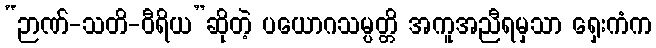
“ဉာဏ်-သတိ-ဝီရိယ”ဆိုတဲ့ ပယောဂသမ္ပတ္တိ အကူအညီရမှသာ ရှေးကံက